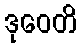
ဒုဝေတိ